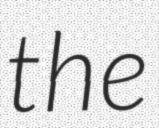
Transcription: the